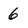
Character: 6